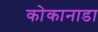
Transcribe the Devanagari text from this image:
कोकानाडा